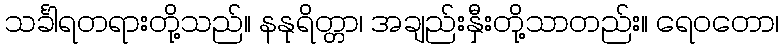
သင်္ခါရတရားတို့သည်။ နနုရိတ္တာ၊ အချည်းနှီးတို့သာတည်း။ ရေဝတော၊